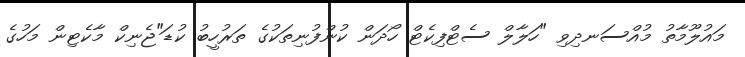
މައުލޫމާތު މުއްސަނދިވި "ހަލާލް ސެޓްފިކެޓް ހޯދަން ކުންފުނިތަކުގެ ތަރުހީބު ކުޑަ"ޖެނިކް މާކެޓިން މަހުގެ